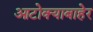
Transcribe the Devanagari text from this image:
आटोक्याबाहेर